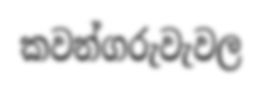
කවන්ගරුවැවල